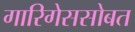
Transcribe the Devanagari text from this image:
गारिगेससोबत